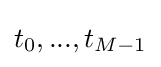
t_{0},...,t_{M-1}